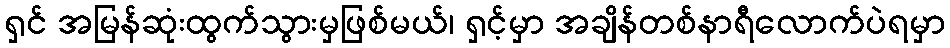
ရှင် အမြန်ဆုံးထွက်သွားမှဖြစ်မယ်၊ ရှင့်မှာ အချိန်တစ်နာရီလောက်ပဲရမှာ